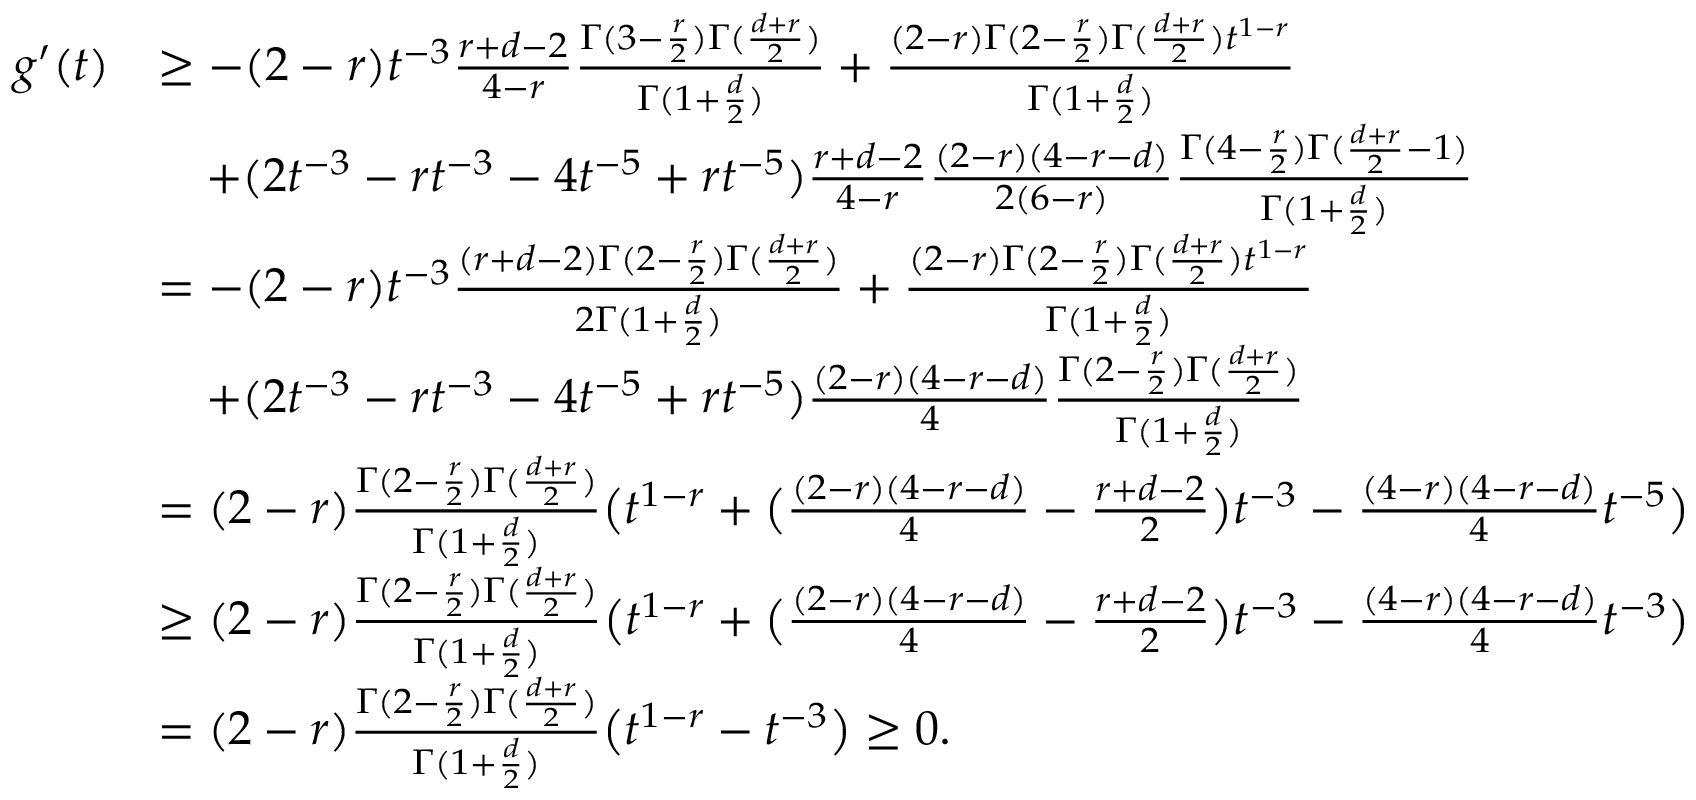
\begin{array} { r l } { g ^ { \prime } ( t ) } & { \ge - ( 2 - r ) t ^ { - 3 } \frac { r + d - 2 } { 4 - r } \frac { \Gamma ( 3 - \frac { r } { 2 } ) \Gamma ( \frac { d + r } { 2 } ) } { \Gamma ( 1 + \frac { d } { 2 } ) } + \frac { ( 2 - r ) \Gamma ( 2 - \frac { r } 2 ) \Gamma ( \frac { d + r } { 2 } ) t ^ { 1 - r } } { \Gamma ( 1 + \frac { d } { 2 } ) } } \\ & { \quad + ( 2 t ^ { - 3 } - r t ^ { - 3 } - 4 t ^ { - 5 } + r t ^ { - 5 } ) \frac { r + d - 2 } { 4 - r } \frac { ( 2 - r ) ( 4 - r - d ) } { 2 ( 6 - r ) } \frac { \Gamma ( 4 - \frac { r } { 2 } ) \Gamma ( \frac { d + r } { 2 } - 1 ) } { \Gamma ( 1 + \frac { d } { 2 } ) } } \\ & { = - ( 2 - r ) t ^ { - 3 } \frac { ( r + d - 2 ) \Gamma ( 2 - \frac { r } { 2 } ) \Gamma ( \frac { d + r } { 2 } ) } { 2 \Gamma ( 1 + \frac { d } { 2 } ) } + \frac { ( 2 - r ) \Gamma ( 2 - \frac { r } 2 ) \Gamma ( \frac { d + r } { 2 } ) t ^ { 1 - r } } { \Gamma ( 1 + \frac { d } { 2 } ) } } \\ & { \quad + ( 2 t ^ { - 3 } - r t ^ { - 3 } - 4 t ^ { - 5 } + r t ^ { - 5 } ) \frac { ( 2 - r ) ( 4 - r - d ) } { 4 } \frac { \Gamma ( 2 - \frac { r } { 2 } ) \Gamma ( \frac { d + r } { 2 } ) } { \Gamma ( 1 + \frac { d } { 2 } ) } } \\ & { = ( 2 - r ) \frac { \Gamma ( 2 - \frac { r } { 2 } ) \Gamma ( \frac { d + r } { 2 } ) } { \Gamma ( 1 + \frac { d } { 2 } ) } \bigl ( t ^ { 1 - r } + \bigl ( \frac { ( 2 - r ) ( 4 - r - d ) } { 4 } - \frac { r + d - 2 } { 2 } \bigr ) t ^ { - 3 } - \frac { ( 4 - r ) ( 4 - r - d ) } { 4 } t ^ { - 5 } \bigr ) } \\ & { \geq ( 2 - r ) \frac { \Gamma ( 2 - \frac { r } { 2 } ) \Gamma ( \frac { d + r } { 2 } ) } { \Gamma ( 1 + \frac { d } { 2 } ) } \bigl ( t ^ { 1 - r } + \bigl ( \frac { ( 2 - r ) ( 4 - r - d ) } { 4 } - \frac { r + d - 2 } { 2 } \bigr ) t ^ { - 3 } - \frac { ( 4 - r ) ( 4 - r - d ) } { 4 } t ^ { - 3 } \bigr ) } \\ & { = ( 2 - r ) \frac { \Gamma ( 2 - \frac { r } { 2 } ) \Gamma ( \frac { d + r } { 2 } ) } { \Gamma ( 1 + \frac { d } { 2 } ) } \bigl ( t ^ { 1 - r } - t ^ { - 3 } \bigr ) \geq 0 . } \end{array}